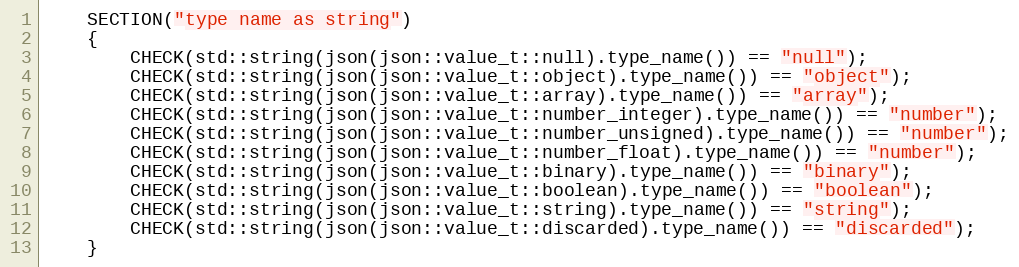
Language: C++
    SECTION("type name as string")
    {
        CHECK(std::string(json(json::value_t::null).type_name()) == "null");
        CHECK(std::string(json(json::value_t::object).type_name()) == "object");
        CHECK(std::string(json(json::value_t::array).type_name()) == "array");
        CHECK(std::string(json(json::value_t::number_integer).type_name()) == "number");
        CHECK(std::string(json(json::value_t::number_unsigned).type_name()) == "number");
        CHECK(std::string(json(json::value_t::number_float).type_name()) == "number");
        CHECK(std::string(json(json::value_t::binary).type_name()) == "binary");
        CHECK(std::string(json(json::value_t::boolean).type_name()) == "boolean");
        CHECK(std::string(json(json::value_t::string).type_name()) == "string");
        CHECK(std::string(json(json::value_t::discarded).type_name()) == "discarded");
    }